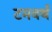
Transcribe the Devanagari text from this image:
टमवर्थ